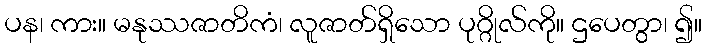
ပန၊ ကား။ မနုဿဇာတိကံ၊ လူဇာတ်ရှိသော ပုဂ္ဂိုလ်ကို။ ဌပေတွာ၊ ၍။